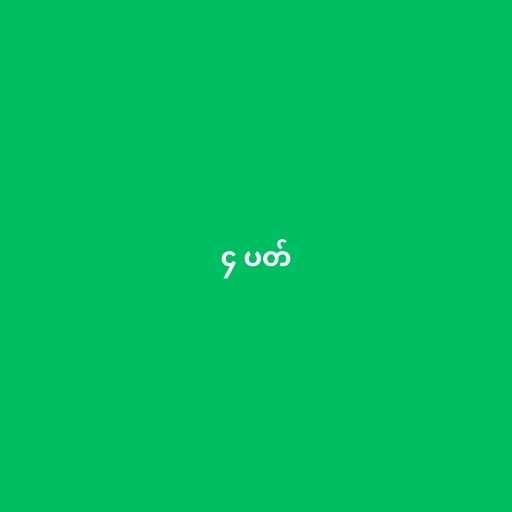
၄ ပတ်